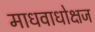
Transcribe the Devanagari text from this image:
माधवाधोक्षज